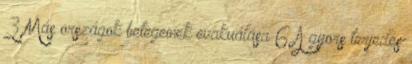
3 Más országok betegeinek evakuálása 6 A gyors terjedés